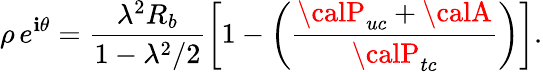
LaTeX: \rho\, e^{\mathbf{i}\theta}=\frac{{\lambda^{2}R_{b}}}{{1-\lambda^{2}/2}}\left[1-\left(\frac{{{\calP}_{uc}+{\calA}}}{{{\calP}_{tc}}}\right)\right].